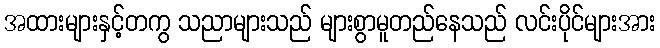
အထားများနှင့်တကွ သညာများသည် များစွာမူတည်နေသည် လင်းပိုင်များအား